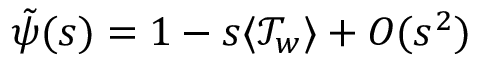
\tilde { \psi } ( s ) = 1 - s \langle \mathcal { T } _ { w } \rangle + O ( s ^ { 2 } )